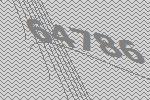
64786